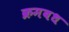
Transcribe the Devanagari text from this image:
क्रमबध